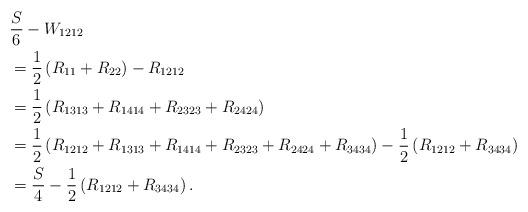
LaTeX: \begin{align*}&\frac{S}{6}-W_{1212}\\&= \frac{1}{2} \left( R_{11} + R_{22}\right) - R_{1212}\\&= \frac{1}{2}\left(R_{1313} + R_{1414} + R_{2323} +R_{2424}\right)\\&= \frac{1}{2}\left(R_{1212}+R_{1313} + R_{1414} + R_{2323} +R_{2424}+R_{3434}\right) - \frac{1}{2}\left(R_{1212}+R_{3434}\right)\\&= \frac{S}{4} - \frac{1}{2}\left(R_{1212}+R_{3434}\right).\end{align*}